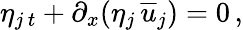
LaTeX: \eta_{j\, t}+\partial_{x}(\eta_{j}\, {\overline{{u}}}_{j})=0\, ,